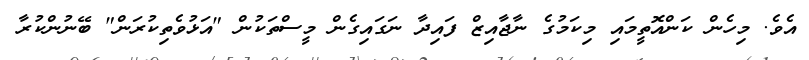
އެވެ. މިހެން ކަންއޮތީމައި މިކަމުގެ ނާޖާއިޒް ފައިދާ ނަގައިގެން މީސްތަކުން "އަޅުވެތިކުރަން" ބޭނުންކުރާ